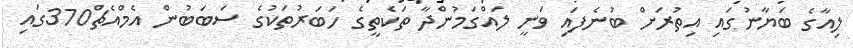
ލިއާގެ ބަޔާނުގައި އިތުރަށް ބުނެފައި ވަނީ ލައްގަމުންދާ ތަކެތީގެ ހަބަރުތަކުގެ ސަބަބުން އެމްއެޗް370ގައި